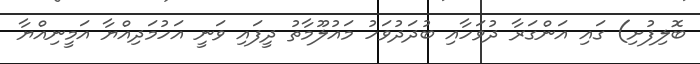
ބޮލިފުށި) ގައި އަންގަރާ ދުވަހާއި ބުދަދުވަހު މައުލޫމާތު ދީފައި ވަނީ އަހުމަދިއްޔާ އަމީނިއްޔާ